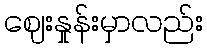
ဈေးနှုန်းမှာလည်း